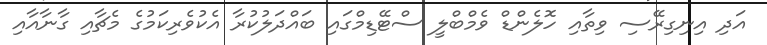
އަދި އިނިގިރޭސި ވިތާއި ހޮލެންޑް ވެމްބްލީ ސްޓޭޑިމްގައި ބައްދަލުކުރާ އެކުވެރިކަމުގެ މެޗާއި ގާނާއާއި